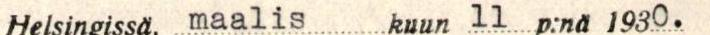
Helsingissä,  maaliskuun  11 p:nä  1930.